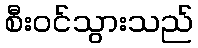
စီးဝင်သွားသည်